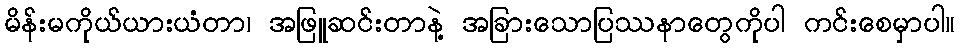
မိန်းမကိုယ်ယားယံတာ၊ အဖြူဆင်းတာနဲ့ အခြားသောပြဿနာတွေကိုပါ ကင်းစေမှာပါ။